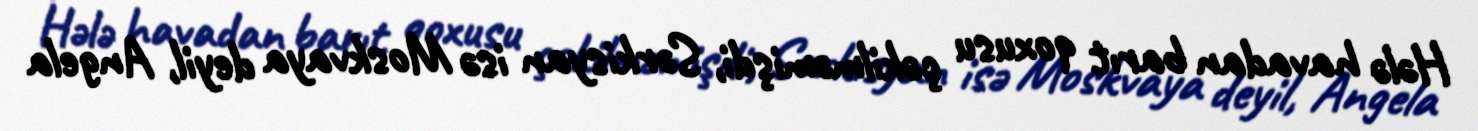
Hələ havadan barıt qoxusu çəkilməmişdi, Sərkisyan isə Moskvaya deyil, Angela